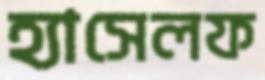
হ্যাসেলফ